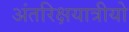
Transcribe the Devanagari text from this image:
अंतरिक्षयात्रीयो